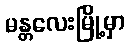
မန္တလေးမြို့မှာ